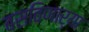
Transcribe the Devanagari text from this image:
बसविणार्‍या